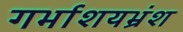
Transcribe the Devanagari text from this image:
गर्भाशयभ्रंश